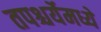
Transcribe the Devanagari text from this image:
तपश्चर्येमध्ये